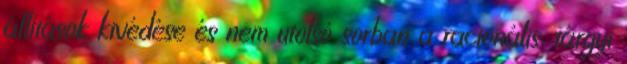
állítások kivédése és nem utolsó sorban a racionális, tárgyi